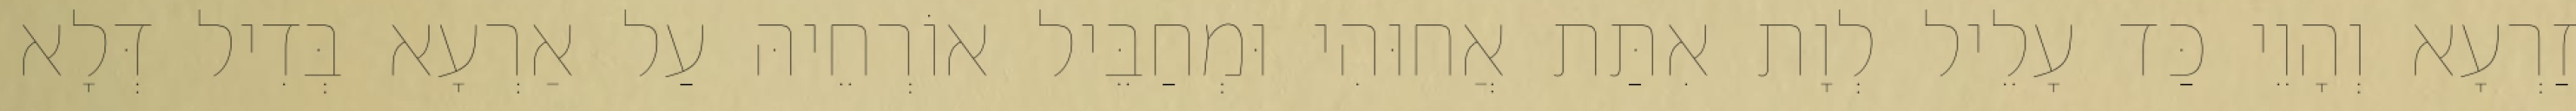
זַרְעָא וְהָוֵי כַּד עָלֵיל לְוָת אִתַּת אֲחוּהִי וּמְחַבֵּיל אוֹרְחֵיהּ עַל אַרְעָא בְּדִיל דְּלָא